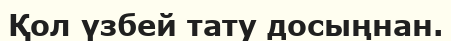
Қол үзбей тату досыңнан.